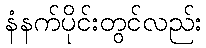
နံနက်ပိုင်းတွင်လည်း